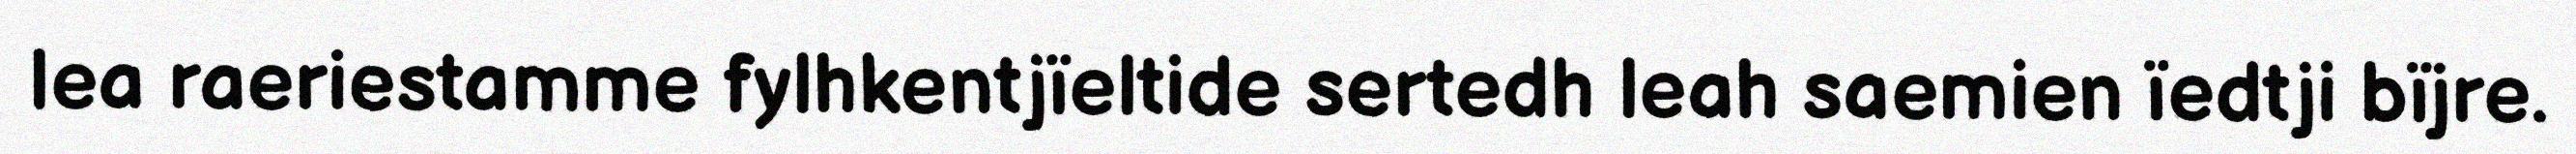
lea raeriestamme fylhkentjïeltide sertedh leah saemien ïedtji bïjre.